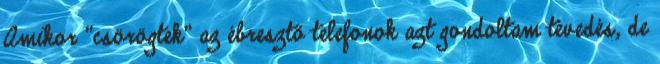
Amikor "csörögtek" az ébresztő telefonok azt gondoltam tévedés, de